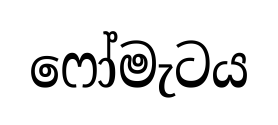
ෆෝමැටය